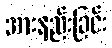
အားနည်းခြင်း